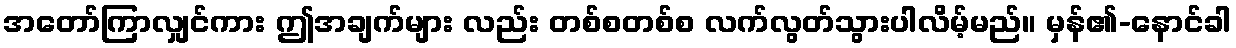
အတော်ကြာလျှင်ကား ဤအချက်များ လည်း တစ်စတစ်စ လက်လွတ်သွားပါလိမ့်မည်။ မှန်၏-နောင်ခါ